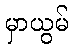
မှာယွမ်